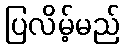
ပြလိမ့်မည်